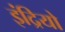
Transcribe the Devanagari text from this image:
इंद्रियो